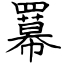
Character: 羃